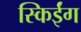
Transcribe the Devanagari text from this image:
स्किईंग